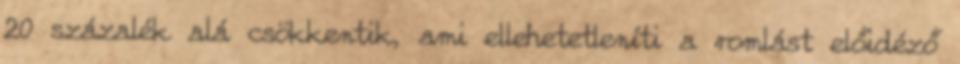
20 százalék alá csökkentik, ami ellehetetleníti a romlást előidéző